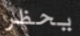
يحظر